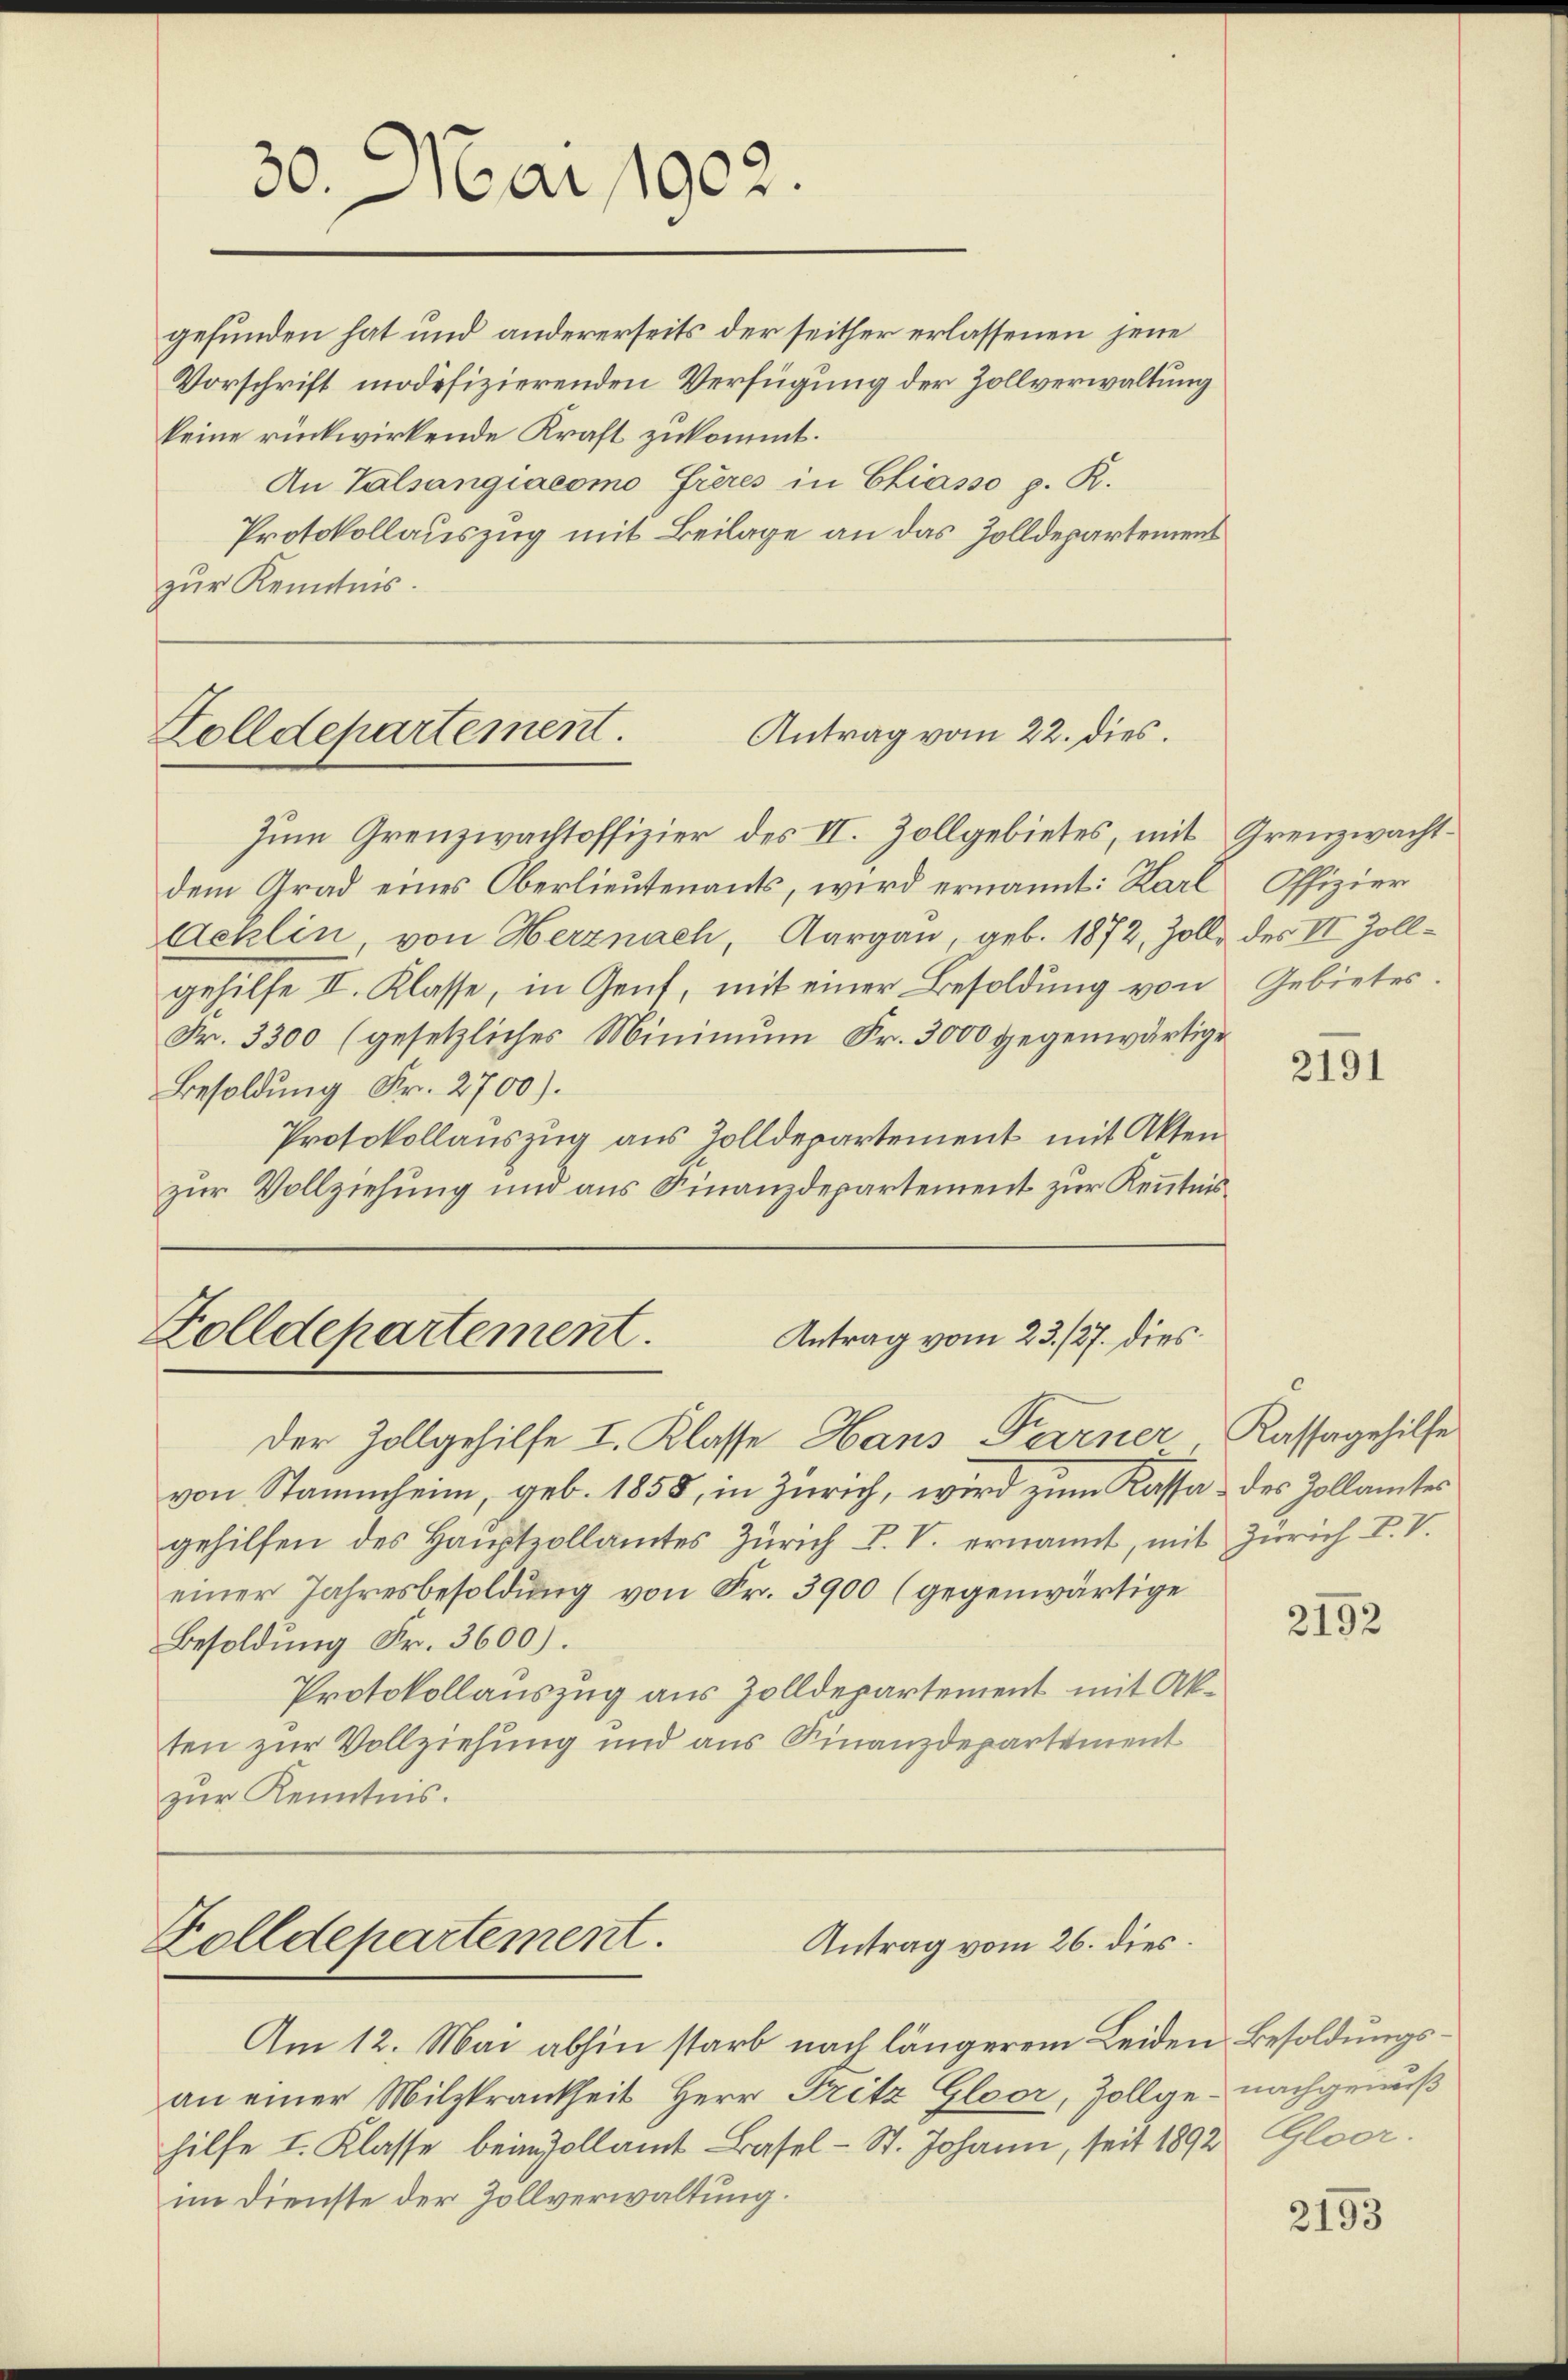
gefunden hat und andererseits der seither erlassenen jene
Vorschrift modifizierenden Verfügung der Zollverwaltung

keine rückwirkende Kraft zukommt.
An Talsangiacomo Frères in Chiasso p. R.
Protokollauszug mit Beilage an das Zolldepartemens
zur Kenntnis.

30. Mai 1902.

Antrag vom 22. dies.
Zolldepartement.

Zum Grenzwachtoffizier des II. Zollgebietes, mit Grenzwachtdem Grad eines Oberlieutenants, wird ernannt: Karl Offizier
Aeklin von Herznach, Aargau, geb. 1872, Zoll des VI. Zollgehilfe II. Klasse, in Genf, mit einer Besoldung von Gebietes.
Fr. 3300 (gesetzliches Minimum Fr. 3000 gegenwärtige
Besoldung Fr. 2700).
Protokollauszug aus Zolldepartement mit Akten
zur Vollziehung und aus Finanzdepartement zur Kenntnis¬

der Zollgehilfe I. Klasse Hans Ferner
von Stammheim, geb. 1858, in Zürich, wird zum Kassa des Zollamtes
gehilfen des Hauptzollamtes Zürich P. V. ernannt, mit
einer Jahresbesoldung von Fr. 3900 (gegenwärtige
Besoldung Fr. 3600).
Protokollauszug aus Zolldepartement mit Akten zur Vollziehung und aus Finanzdepartement
zur Kenntnis.

Am 12. Mai abhin starb nach längerem Leiden Besoldungsan einer Milzkrankheit Herr Fritz Gloor, Zollge- nachgenuß
hilfe I. Klasse beimvollamt Basel-St. Johann, seit 1892 Gloor.
im Dienste der Zollverwaltung.

Zolldepartement.
Antrag vom 23. 127. dies

Zolldepartement.
Antrag vom 26. dies

2191

Kassagehilfe
Zürich P. V.

2192

2193